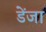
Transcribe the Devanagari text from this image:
डेंजा